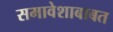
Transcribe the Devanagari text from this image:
समावेशाबाबत